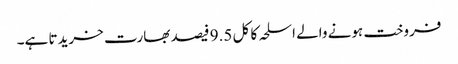
فروخت ہونے والے اسلحہ کا کل 9.5 فیصد بھارت خریدتا ہے۔